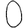
Digit: 0